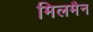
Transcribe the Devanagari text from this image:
मिलमैन